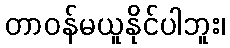
တာဝန်မယူနိုင်ပါဘူး၊